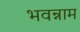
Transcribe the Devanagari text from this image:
भवन्नाम